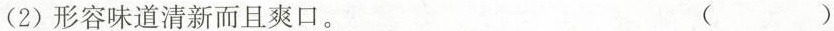
(2)形容味道清新而且爽口。（ ）